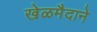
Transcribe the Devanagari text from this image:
खेळमैदाने